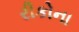
રીકોના